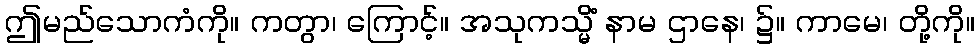
ဤမည်သောကံကို။ ကတွာ၊ ကြောင့်။ အသုကသ္မိံ နာမ ဌာနေ၊ ၌။ ကာမေ၊ တို့ကို။